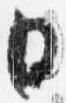
日